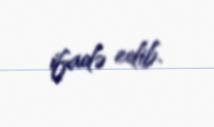
ifadə edib.